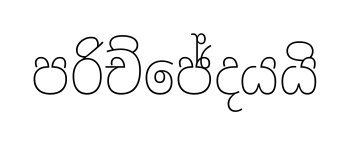
පරිච්ජේදයයි